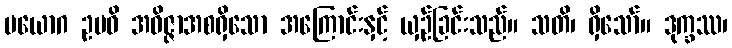
ပယောဂ ဥပဓိ အဝိဇ္ဇာအစရှိသော အကြောင်းနှင့် ယှဉ်ခြင်းသည်။ သတိ၊ ရှိသော်။ ဒုက္ခဿ၊